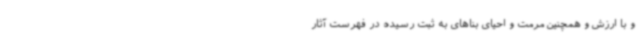
و با ارزش و همچنین مرمت و احیای بناهای به ثبت رسیده در فهرست آثار